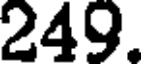
249.